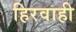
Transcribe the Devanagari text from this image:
हिरवाही